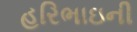
હરિભાઇની